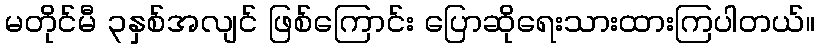
မတိုင်မီ ၃နှစ်အလျင် ဖြစ်ကြောင်း ပြောဆိုရေးသားထားကြပါတယ်။